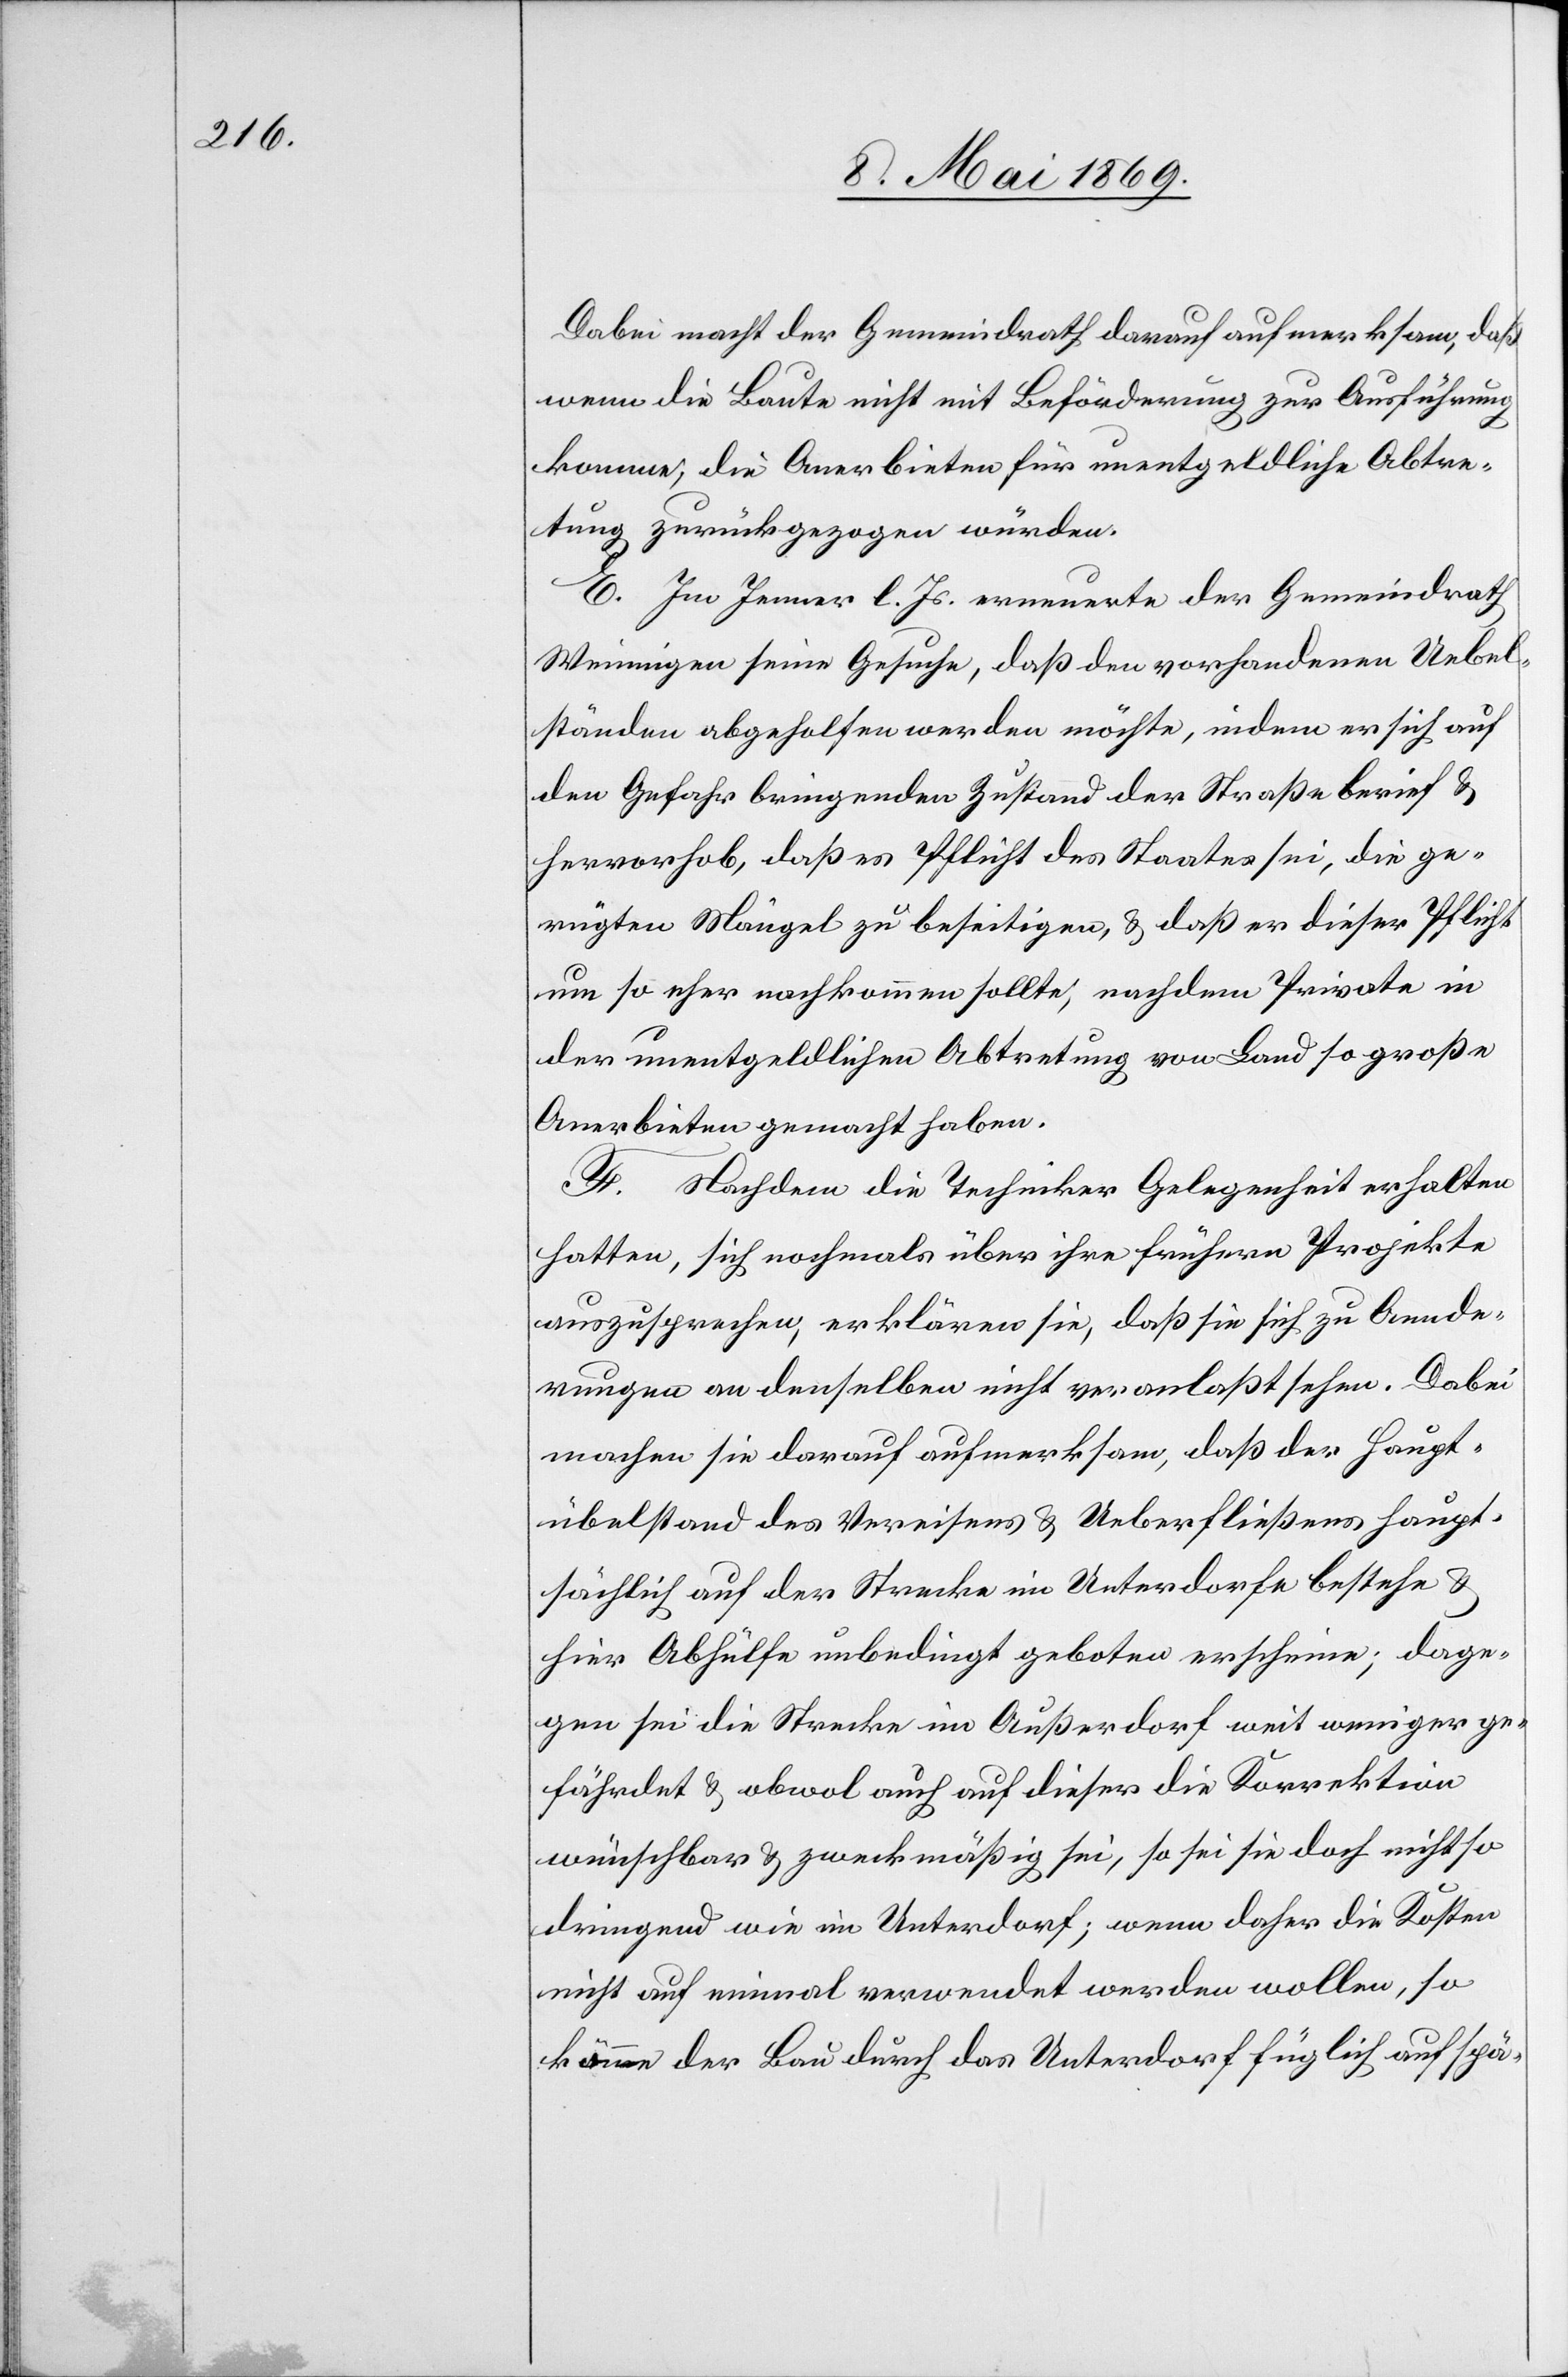
Dabei macht der Gemeindrath darauf aufmerksam, daß
wenn die Baute nicht mit Beförderung zur Ausführung
komme, die Anerbieten für unentgeldliche Abtre¬
tung zurückgezogen würden.
E. Im Jenner l. Js. erneuerte der Gemeindrath
Weiningen seine Gesuche, daß den vorhandenen Uebel¬
ständen abgeholfen werden möchte, indem er sich auf
den Gefahr bringenden Zustand der Straße berief u.
hervorhob, daß es Pflicht des Staates sei, die ge¬
rügten Mängel zu beseitigen, u. daß er dieser Pflicht
um so eher nachkommen sollte, nachdem Private in
der unentgeldlichen Abtretung von Land so große
Anerbieten gemacht haben.
F. Nachdem die Techniker Gelegenheit erhalten
hatten, sich nochmals über ihre frühern Projekte
auszusprechen, erklären sie, daß sie sich zu Aende¬
rungen an denselben nicht veranlaßt sehen. Dabei
machen sie darauf aufmerksam, daß der Haupt¬
übelstand des Verreisens u. Ueberfließens haupt¬
sächlich auf der Strecke im Unterdorfe bestehe u.
hier Abhülfe unbedingt geboten erscheine, dage¬
gen sei die Strecke im Außerdorf weit weniger ge¬
fährdet u. obwol auch auf dieser die Korrektion
wünschbar u. zweckmäßig sei, so sei sie doch nicht so
dringend wie im Unterdorf; wenn daher die Kosten
nicht auf einmal verwendet werden wollen, so
könne der Bau durch das Unterdorf füglich auf spä-